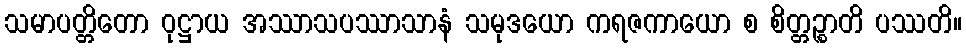
သမာပတ္တိတော ဝုဋ္ဌာယ အဿာသပဿာသာနံ သမုဒယော ကရဇကာယော စ စိတ္တဉ္စာတိ ပဿတိ။